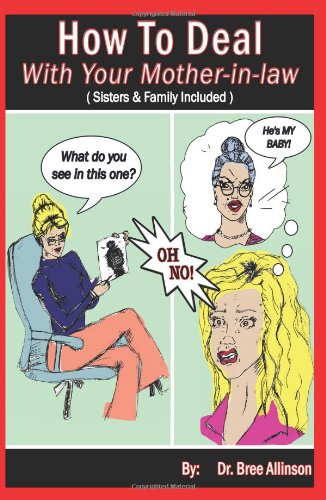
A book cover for How To Deal With Your Mother-in-law: (Sisters & Family Included); Dr. Bree Allinson; Parenting & Relationships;